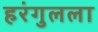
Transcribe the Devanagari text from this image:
हरंगुलला